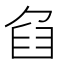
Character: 𦥢